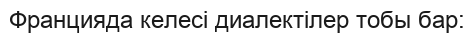
Францияда келесі диалектілер тобы бар: